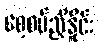
စေ့စပ်ညှိနှိုင်း